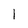
Character: 1